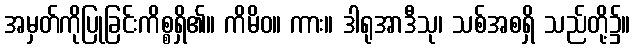
အမှတ်ကိုပြုခြင်းကိစ္စရှိ၏။ ကိမိဝ။ ကား။ ဒါရုအာဒီသု၊ သစ်အစရှိ သည်တို့၌။